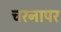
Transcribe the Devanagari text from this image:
चरनापर